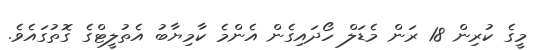
މީގެ ކުރިން 18 ރަން މެޑަލް ހޯދައިގެން އެންމެ ކާމިޔާބު އެތުލީޓްގެ ގޮތުގައެވެ.